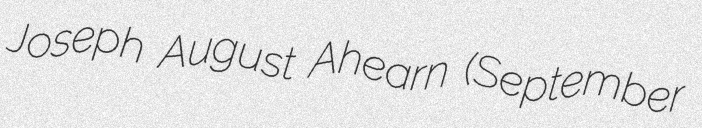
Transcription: Joseph August Ahearn (September